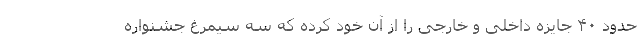
حدود ۴۰ جایزه داخلی و خارجی را از آن خود کرده که سه سیمرغ جشنواره